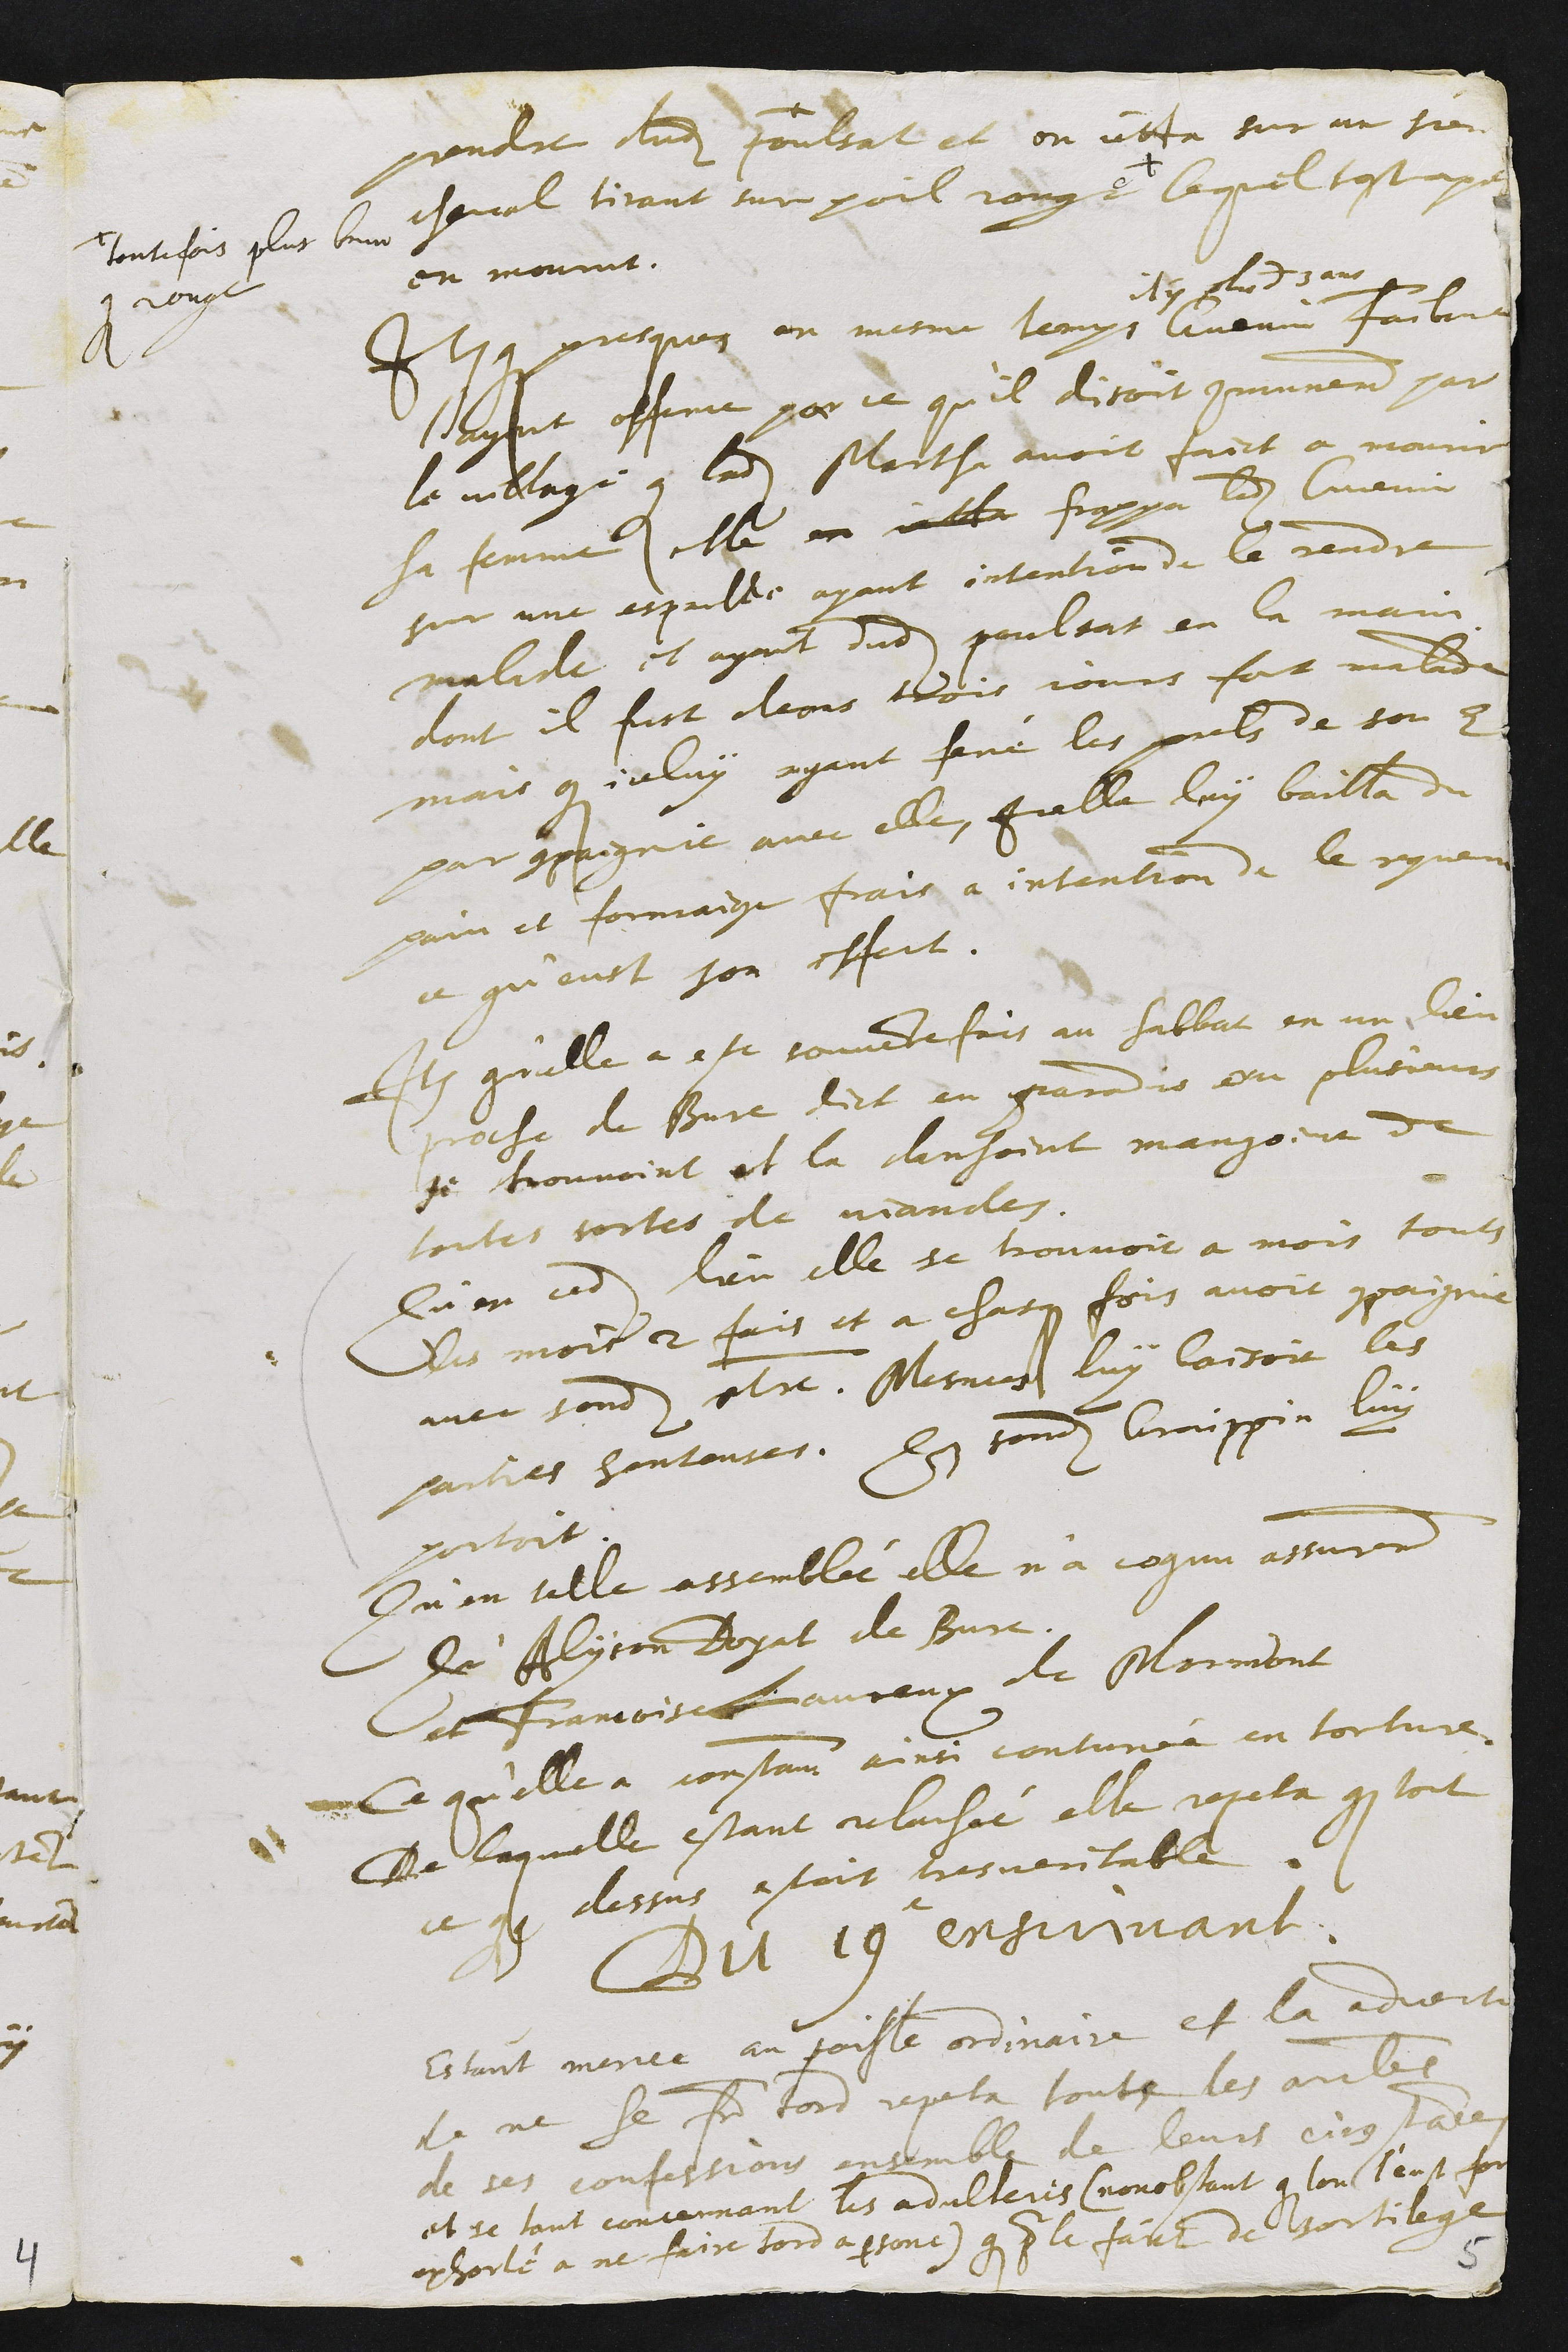
prendre dudit poulsat et en jetta sur un sien
cheval tirant sur poil rouge +
+ toutefois plus brun
que rouge
lequel tost apres
en mourut
Item que presque en mesme temps
il y plus de 3 ans
Guenin Faibvre
l'ayant offence par ce qu'il disoit communement par
le village que ladite Marthe avoit faict a mourir
sa femme elle en jetta frappa ledit Guenin
sur une espaulle ayant intention de le rendre
malade et ayant dudit poulsat en la main
dont il fust deans trois jours fort malade
mais que iceluy ayant fené les prels de son E.
par compaignie avec elle, Icelle luy bailla du
pain et formaige frais a intention de le reguerir
ce qu'eust son effect.
Item qu'elle a este souventefois au sabbat en un lieu
proche de Bure dict en paradis ou plusieurs
se trouvoint et la dansoint mangoint de
toutes sortes de viandes.
Que sondit Graippin luy
portoit
Qu'en cedit lieu elle se trouvoit a mois touts
les mois 2 fois et a chasqune fois avoit compaignie
avec sondit maitre. Mesmes luy baisoit les
parties honteuses.
Qu'en icelle assemblée elle n'a cognu assurement
Qu'Alyson Doyat de Bure.
et Francoise Laureux de Morimont
Ce qu'elle a constament ainsi continué en torture.
De laquelle estant relachée elle repeta que tout
ce que dessus estoit tres veritable.
Du 19e ensuivant.
Estant menee au poisle ordinaire et la advertie
de ne se faire tord repeta touts les articles
de ses confessions ensemble de leurs circonstances
et se tant concernant les adulteris (nonobstant que lon l'eust fort
exhorté a ne faire tord a persone) que pour le faict de sortilege